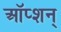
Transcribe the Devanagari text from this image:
ऑप्शन्